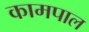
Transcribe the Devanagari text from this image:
कामपाल